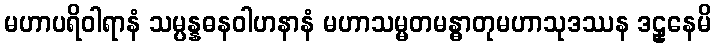
မဟာပရိဝါရာနံ သမ္ပန္နဓနဝါဟနာနံ မဟာသမ္မတမန္ဓာတုမဟာသုဒဿန ဒဠှနေမိ